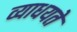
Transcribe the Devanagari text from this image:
व्याधयते